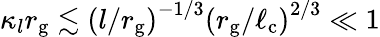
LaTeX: \kappa_{l}r_{\mathrm{g}}\lesssim\left(l/r_{\mathrm{g}}\right)^{-1/3}\left(r_{\mathrm{g}}/\ell_{\mathrm{c}}\right)^{2/3}\ll 1